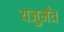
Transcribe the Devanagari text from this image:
यजुर्मंत्र